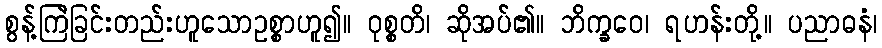
စွန့်ကြဲခြင်းတည်းဟူသောဥစ္စာဟူ၍။ ဝုစ္စတိ၊ ဆိုအပ်၏။ ဘိက္ခဝေ၊ ရဟန်းတို့။ ပညာဓနံ၊